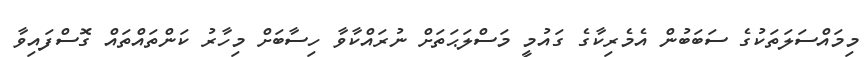
މިމައްސަލަތަކުގެ ސަބަބުން އެމެރިކާގެ ގައުމީ މަސްލަޙަތަށް ނުރައްކާވާ ހިސާބަށް މިހާރު ކަންތައްތައް ގޮސްފައިވާ